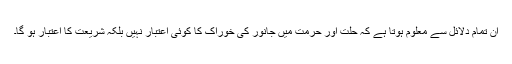
ان تمام دلائل سے معلوم ہوتا ہے کہ حلت اور حرمت میں جانور کی خوراک کا کوئی اعتبار نہیں بلکہ شریعت کا اعتبار ہو گا۔